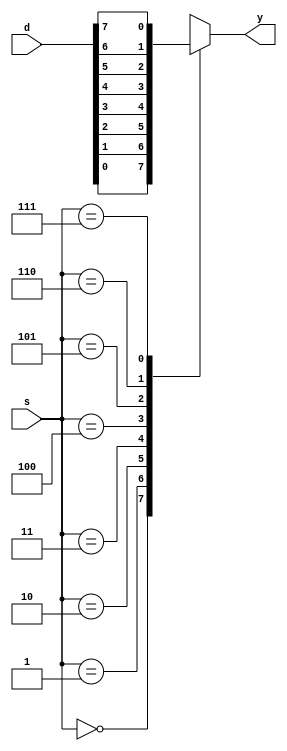
`timescale 1ns / 1ps
//////////////////////////////////////////////////////////////////////////////////
// Company: 
// Engineer: 
// 
// Design Name: 
// Module Name: mux_4to1
// Project Name: 
// Target Devices: 
// Tool Versions: 
// Description: 
// 
// Dependencies: 
// 
// Revision:
// Revision 0.01 - File Created
// Additional Comments:
// 
//////////////////////////////////////////////////////////////////////////////////


module mux_4to1(
    input [7:0] d,
    input [2:0] s,
    output reg y
    );
    always @(*)
    begin
    case(s)
    3'b000:y=d[0];
    3'b001:y=d[1];
    3'b010:y=d[2];
    3'b011:y=d[3]; 
    3'b100:y=d[4]; 
    3'b101:y=d[5];
    3'b110:y=d[6];
    3'b111:y=d[7];
    endcase
    end
endmodule